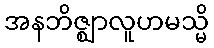
အနဘိဇ္ဈာလူဟမသ္မိ